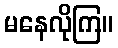
မနေလိုကြ။